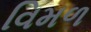
વિમળ